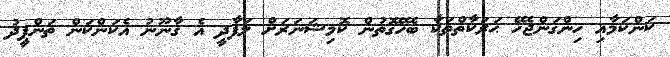
ކަންކަމާއި ހިންގަންޖެހޭ ޙަރަކާތްތަކާ ބެހޭގޮތުން ކޮމިޝަނަރަށް ލަފާދީ އެ ޤާނޫނު އެކަންކަން ތަންފީޛު